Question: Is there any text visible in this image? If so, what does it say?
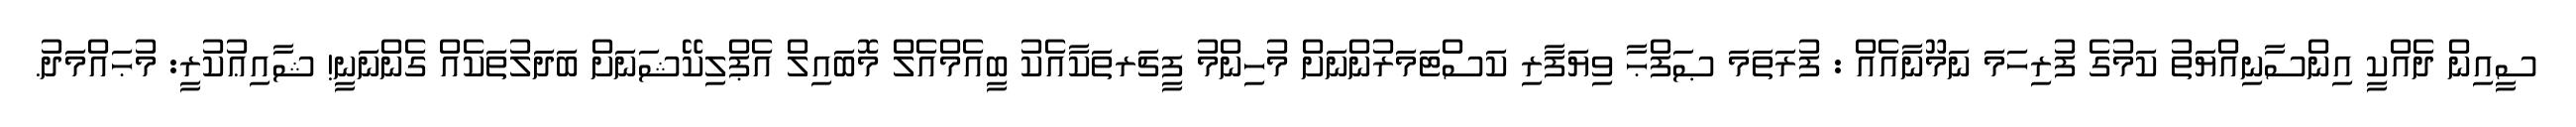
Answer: ސީއިން ދެއްކީ އިންސާނިއްޔަތު ކަމުގެ ފުރިހަމަ ނަމޫނާއެއް : ފުރަތަމަ ޞަފްޙާ ވިޔަފާރި ކަސްޓަމަރުންނަށް މުހިންމު ފީޗަރތަކާއެކު ބީއެމްއެލް މޮބައިލް އެޕްލިކޭޝަނަށް ބަދަލުތަކެއް ގެންނަނީ! ޝާއިޢުކުރީ: މުޙައްމަދު.